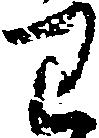
わ